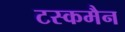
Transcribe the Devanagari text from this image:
टस्कमैन